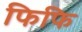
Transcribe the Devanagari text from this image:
फिफि